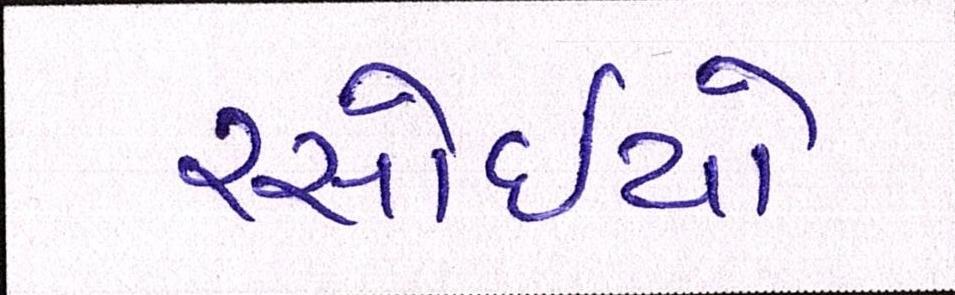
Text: રસોઈયો